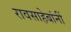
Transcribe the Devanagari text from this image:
रावसाहेबांनीं